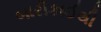
બારીકાઈથી